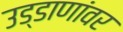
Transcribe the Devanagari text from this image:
उड्डाणांवर